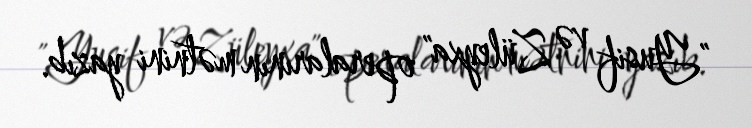
"Yusif və Züleyxa" operalarının mətnini yazıb.